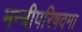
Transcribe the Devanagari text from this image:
मन्त्रीपरिषदमा